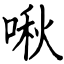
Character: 啾